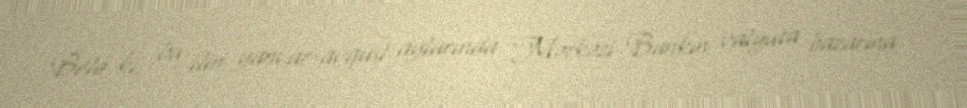
Belə ki, bu ilin yanvar-avqust aylarında Mərkəzi Bankın valyuta bazarına